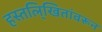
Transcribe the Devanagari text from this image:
हस्तलि्खितांवरून